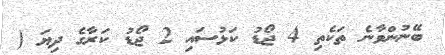
ބޭނުންވާނެ ތަކެތި 4 ޖޯޑު ކަޅުސައި 2 ޖޯޑު ކަރާގެ ދިޔަ (